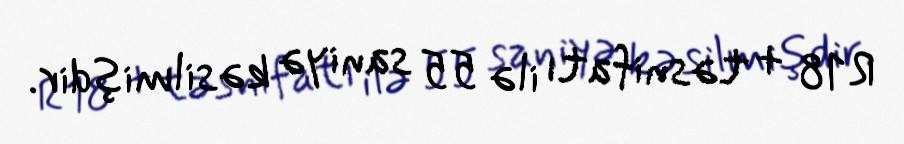
R18 + təsnifatı ilə 55 saniyə kəsilmişdir.